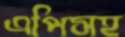
এপিসহ